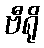
ဗီရို